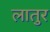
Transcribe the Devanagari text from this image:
लातुर